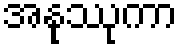
အနုဿုကာ